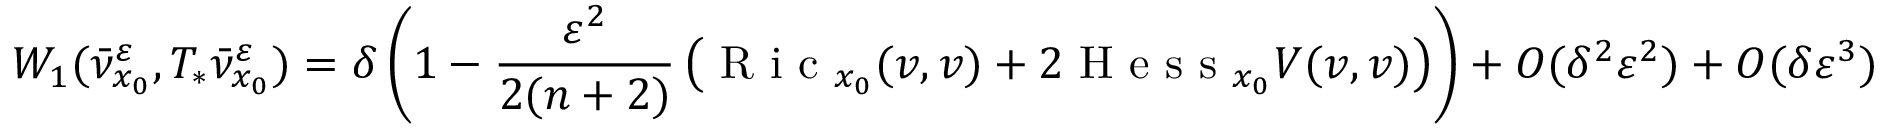
W _ { 1 } ( \bar { \nu } _ { x _ { 0 } } ^ { \varepsilon } , T _ { * } \bar { \nu } _ { x _ { 0 } } ^ { \varepsilon } ) = \delta \left( 1 - \frac { \varepsilon ^ { 2 } } { 2 ( n + 2 ) } \left( \textrm { R i c } _ { x _ { 0 } } ( v , v ) + 2 \textrm { H e s s } _ { x _ { 0 } } V ( v , v ) \right) \right) + O ( \delta ^ { 2 } \varepsilon ^ { 2 } ) + O ( \delta \varepsilon ^ { 3 } )